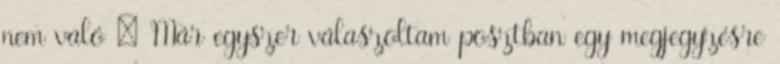
nem való : Már egyszer válaszoltam posztban egy megjegyzésre